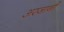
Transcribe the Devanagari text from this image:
अरजानी